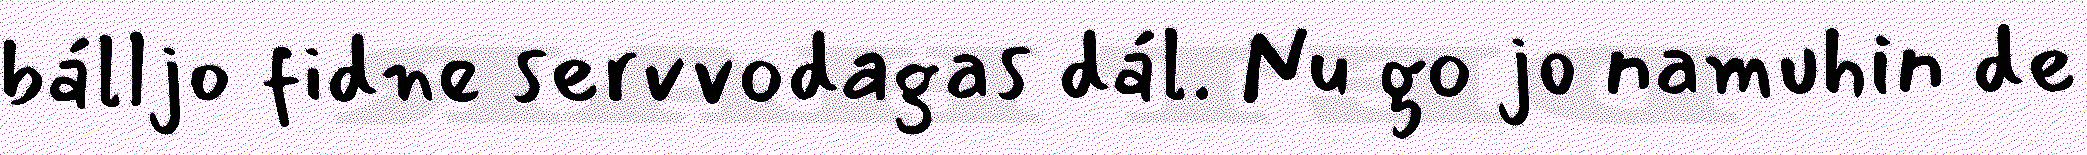
bálljo fidne servvodagas dál. Nu go jo namuhin de